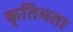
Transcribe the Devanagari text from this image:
कृतिमता